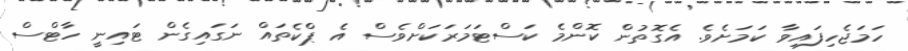
ހަމަޖެހިފައިވާ ކަމަށެވެ. އެގޮތުން ކޮންމެ ކަސްޓަމަރަކަށްވެސް އެ ޕްކެތައް ނަގައިގެން ޓައިނީ ހާޓްސް